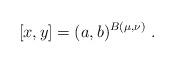
LaTeX: \begin{align*} [x,y] = (a, b)^{B (\mu, \nu)}\;.\end{align*}